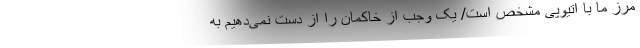
مرز ما با اتیوپی مشخص است/ یک وجب از خاکمان را از دست نمی‌دهیم به